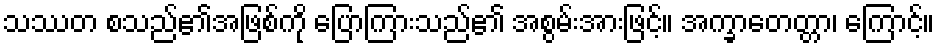
သဿတ စသည်၏အဖြစ်ကို ပြောကြားသည်၏ အစွမ်းအားဖြင့်။ အက္ခာတေတ္တာ၊ ကြောင့်။